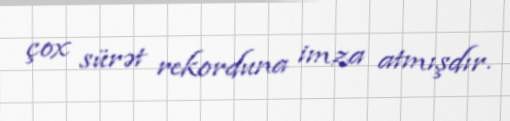
çox sürət rekorduna imza atmışdır.